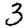
Digit: 3